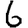
Digit: 6